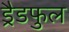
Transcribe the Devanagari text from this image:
ड्रैडफुल